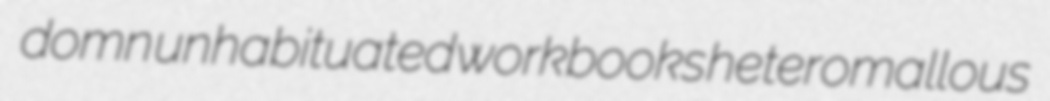
domn unhabituated workbooks heteromallous